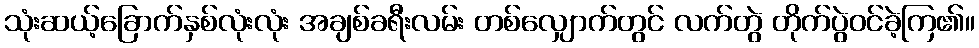
သုံးဆယ့်ခြောက်နှစ်လုံးလုံး အချစ်ခရီးလမ်း တစ်လျှောက်တွင် လက်တွဲ တိုက်ပွဲဝင်ခဲ့ကြ၏။